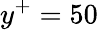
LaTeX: y^{+}=50